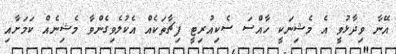
އޭނާ ވިދާޅުވީ އެ މެޝިނަކީ ހާއްސަ ސެކިއުރިޓީ ފިޗާތަކެއް އެކުލެވިގެންވާ މެޝިނެއް ކަމަށާއި